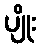
ပျိုး